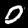
Digit: 0